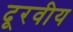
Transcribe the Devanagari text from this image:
दूरवीय